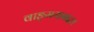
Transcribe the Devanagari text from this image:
वाङ्‌मयाबद्दल